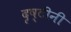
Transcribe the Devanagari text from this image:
दृष्टीनी